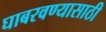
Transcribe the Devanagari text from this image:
घाबरवण्यासाठी